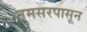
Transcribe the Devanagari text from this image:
तुमसरपासून